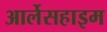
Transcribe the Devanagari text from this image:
आर्लेसहाइम